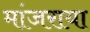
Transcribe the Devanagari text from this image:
मांजराया